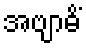
အဗျာဓိံ